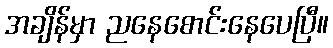
အချိန်မှာ ညနေစောင်းနေပေပြီ။